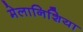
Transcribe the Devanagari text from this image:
मेलानिशिया